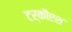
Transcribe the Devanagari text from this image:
टर्कौएश